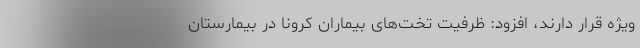
ویژه قرار دارند، افزود: ظرفیت تخت‌های بیماران کرونا در بیمارستان